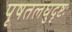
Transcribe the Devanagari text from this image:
पृषतलघुदृष्टः